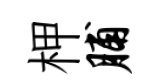
柙脯